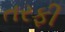
તરફી